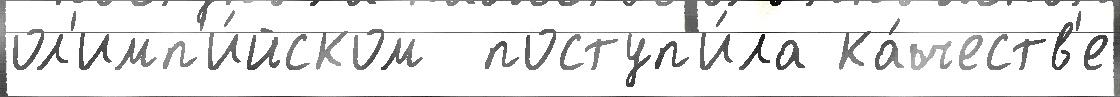
ол'имп'и́йском  поступ'и́ла ка́честв'е